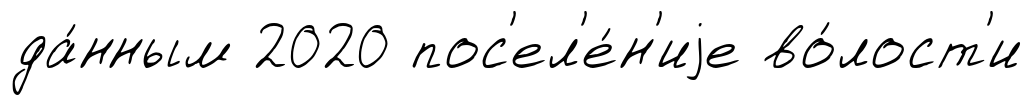
да́нным 2020 пос'ел'е́н'иjе во́лост'и